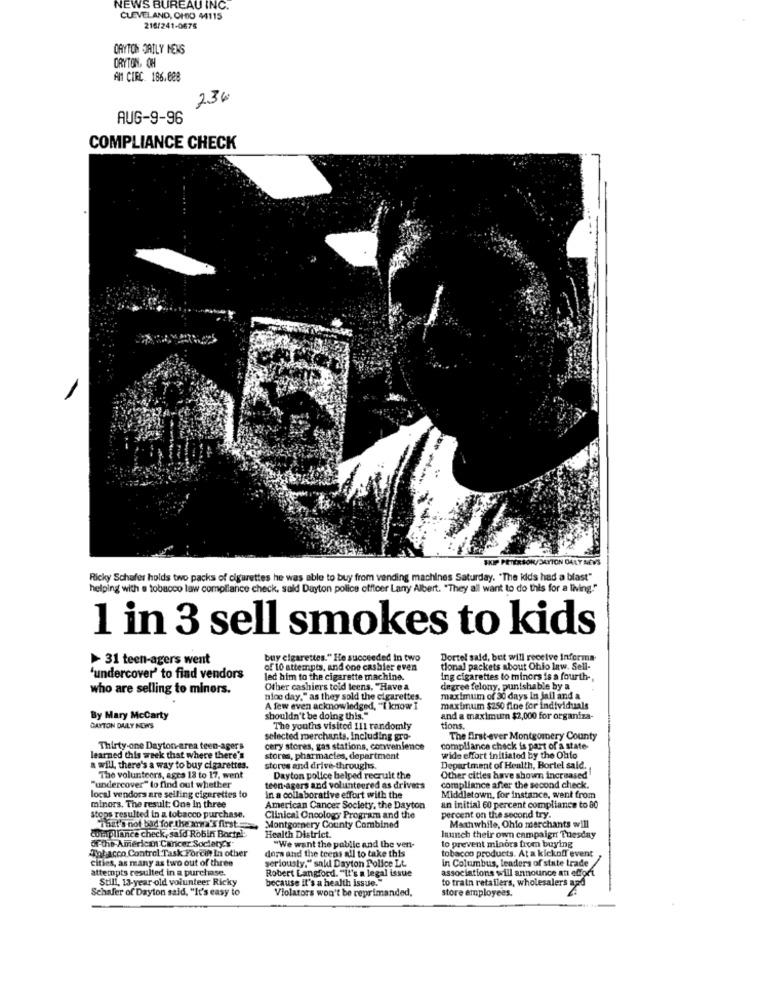
NEWS BUREAU INC.
CLEVELAND, OHIO 44115
216/241-0675
DAYTON DAILY NEWS
ORYTON, OH
AN CIEC. 186.008
236
AUG-9-96
COMPLIANCE CHECK
ON/ DAYTON DALY M
Ricky Schafer holds two packs of cigarettes he was able to buy from vending machines Saturday. "The kids had a blast"
helping with a tobacco law compliance check, said Dayton police officer Larry Albert. "They all want to do this for a living."
1 in 3 sell smokes to kids
> 31 teen-agers went
buy cigarettes." He succeeded in two
Dortel said, but will receive Informa-
of 10 attempts, and one cashier even
tional packets about Ohio law. Sell-
'undercover' to find vendors
led him to the cigarette machine.
ing cigarettes to minors is a fourth-
who are selling to minors.
Other cashiers told leens. "Have a
degree felony, punishable by a
nice day," as they sold the cigarettes.
maximum of 30 days in jail and a
A few even acknowledged, "I know I
maximum $250 fine for individuals
By Mary McCarty
shouldn't be doing this."
and a maximum $2,000 for organiza-
DAYTON DAILY NEWS
The youths visited 111 randomly
tions.
selected merchants, Including gro-
The first-ever Montgomery County
Thirty-one Dayton-area teen-agers
cery stores, gas stations, convenience
compliance check is part of a state
learned this week that where there's
stores, pharmacies, department
wide effort initiated by the Ohio
a will, there's a way to buy cigarettes.
stores and drive- throughs.
Department of Health, Bortel sald.
The volunteers, agca 18 to 17, went
Dayton police helped recruit the
Other cities have shown increased
"undercover" to find out whether
teen agers and volunteered as drivers
compliance after the second check.
local vendors are selling cigarettes to
in a collaborative effort with the
Middletown, for instance, went from
minors. The result: One In three
American Cancer Society, the Dayton
an initial 60 percent compliance to 80
stops resulted in a tobacco purchase.
Clinical Oncology Program and the
percent on the second try.
"That's not bad for the xna's first
Montgomery County Combined
Mathwhile, Ohio merchants will
Compliance check, said Robin Bortpl
Health District.
"We want the pablic and the ven-
launch their own campaign Tuesday
to prevent minors from buying
Tobacco Control Task Forcit In other
of the American Cancer Society's-
tobacco products. At a kickoff event
Cities, as many as two out of three
dora and the teens all to take this
in Columbus, leaders of state trade
attempts resulted in a purchase.
seriously." said Dayton Police Lt.
Robert Langford. "It's a legal issue
Still, 13-year old volunteer Ricky
because it's a health issue."
associations will announce an effort
to train retailers, wholesalers and
Schafer of Dayton said, "It's easy to
Violators won't be reprimanded,
store employees.